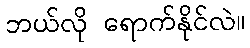
ဘယ်လို ရောက်နိုင်လဲ။